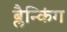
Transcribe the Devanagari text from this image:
ब्लैन्किंग